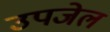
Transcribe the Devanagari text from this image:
उपजेल